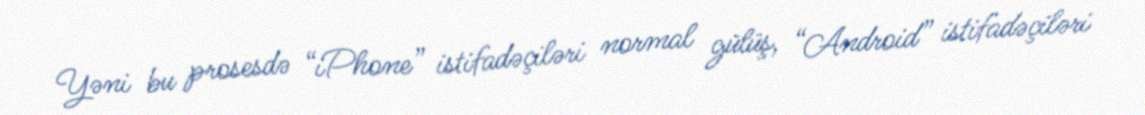
Yəni bu prosesdə “iPhone” istifadəçiləri normal gülüş, “Android” istifadəçiləri